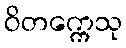
ဝိတက္ကေသု